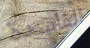
الفاسدة